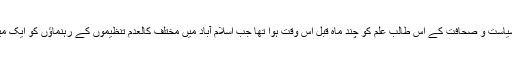
خدشے کا ادراک سیاست و صحافت کے اس طالب علم کو چند ماہ قبل اس وقت ہوا تھا جب اسلام آباد میں مختلف کالعدم تنظیموں کے رہنماؤں کو ایک میز پر لا بٹھایا گیا ۔